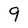
Character: 9